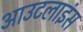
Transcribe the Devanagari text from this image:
आउटलाइंस